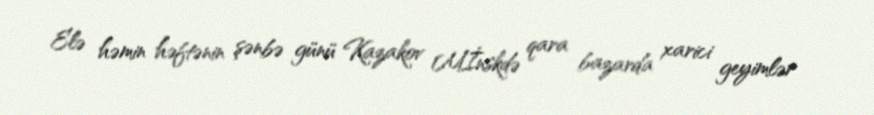
Elə həmin həftənin şənbə günü Kazakov Mİnskdə qara bazarda xarici geyimlər